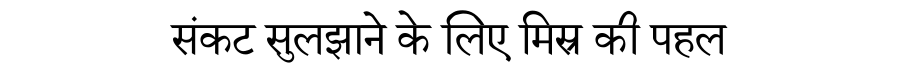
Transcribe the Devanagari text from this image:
संकट सुलझाने के लिए मिस्र की पहल